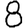
Digit: 8